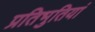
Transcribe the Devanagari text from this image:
प्रतिभुतियां